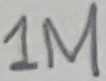
Text: 1M